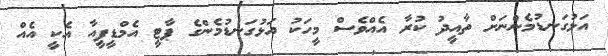
އަޅުގަނޑުމެންނަށް ތާއީދު ކުރާ އެއްވެސް މީހަކު އަޅުގަނޑުމެންގެ ޕާޓީ އެމްޑީޕީއާ އެކީ އެއް